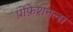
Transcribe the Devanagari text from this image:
प्रोफ़ेशनल्स